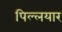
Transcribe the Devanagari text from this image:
पिल्लयार